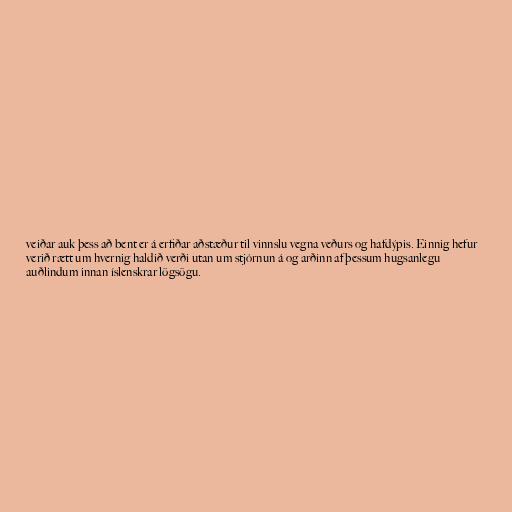
veiðar auk þess að bent er á erfiðar aðstæður til vinnslu vegna veðurs og hafdýpis. Einnig hefur
verið rætt um hvernig haldið verði utan um stjórnun á og arðinn af þessum hugsanlegu
auðlindum innan íslenskrar lögsögu.